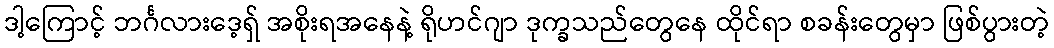
ဒါ့ကြောင့် ဘင်္ဂလားဒေ့ရှ် အစိုးရအနေနဲ့ ရိုဟင်ဂျာ ဒုက္ခသည်တွေနေ ထိုင်ရာ စခန်းတွေမှာ ဖြစ်ပွားတဲ့